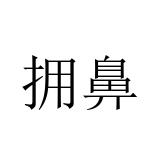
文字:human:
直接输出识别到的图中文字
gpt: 拥鼻